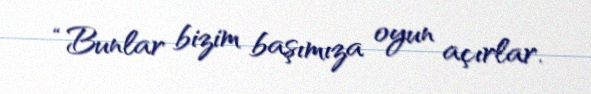
“Bunlar bizim başımıza oyun açırlar.